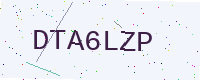
Text: DTA6LZP